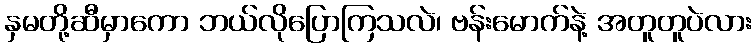
နှမတို့ဆီမှာကော ဘယ်လိုပြောကြသလဲ၊ ဗန်းမောက်နဲ့ အတူတူပဲလား